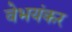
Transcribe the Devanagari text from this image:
वेभयंकर